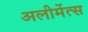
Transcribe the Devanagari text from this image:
अलीमेंत्स